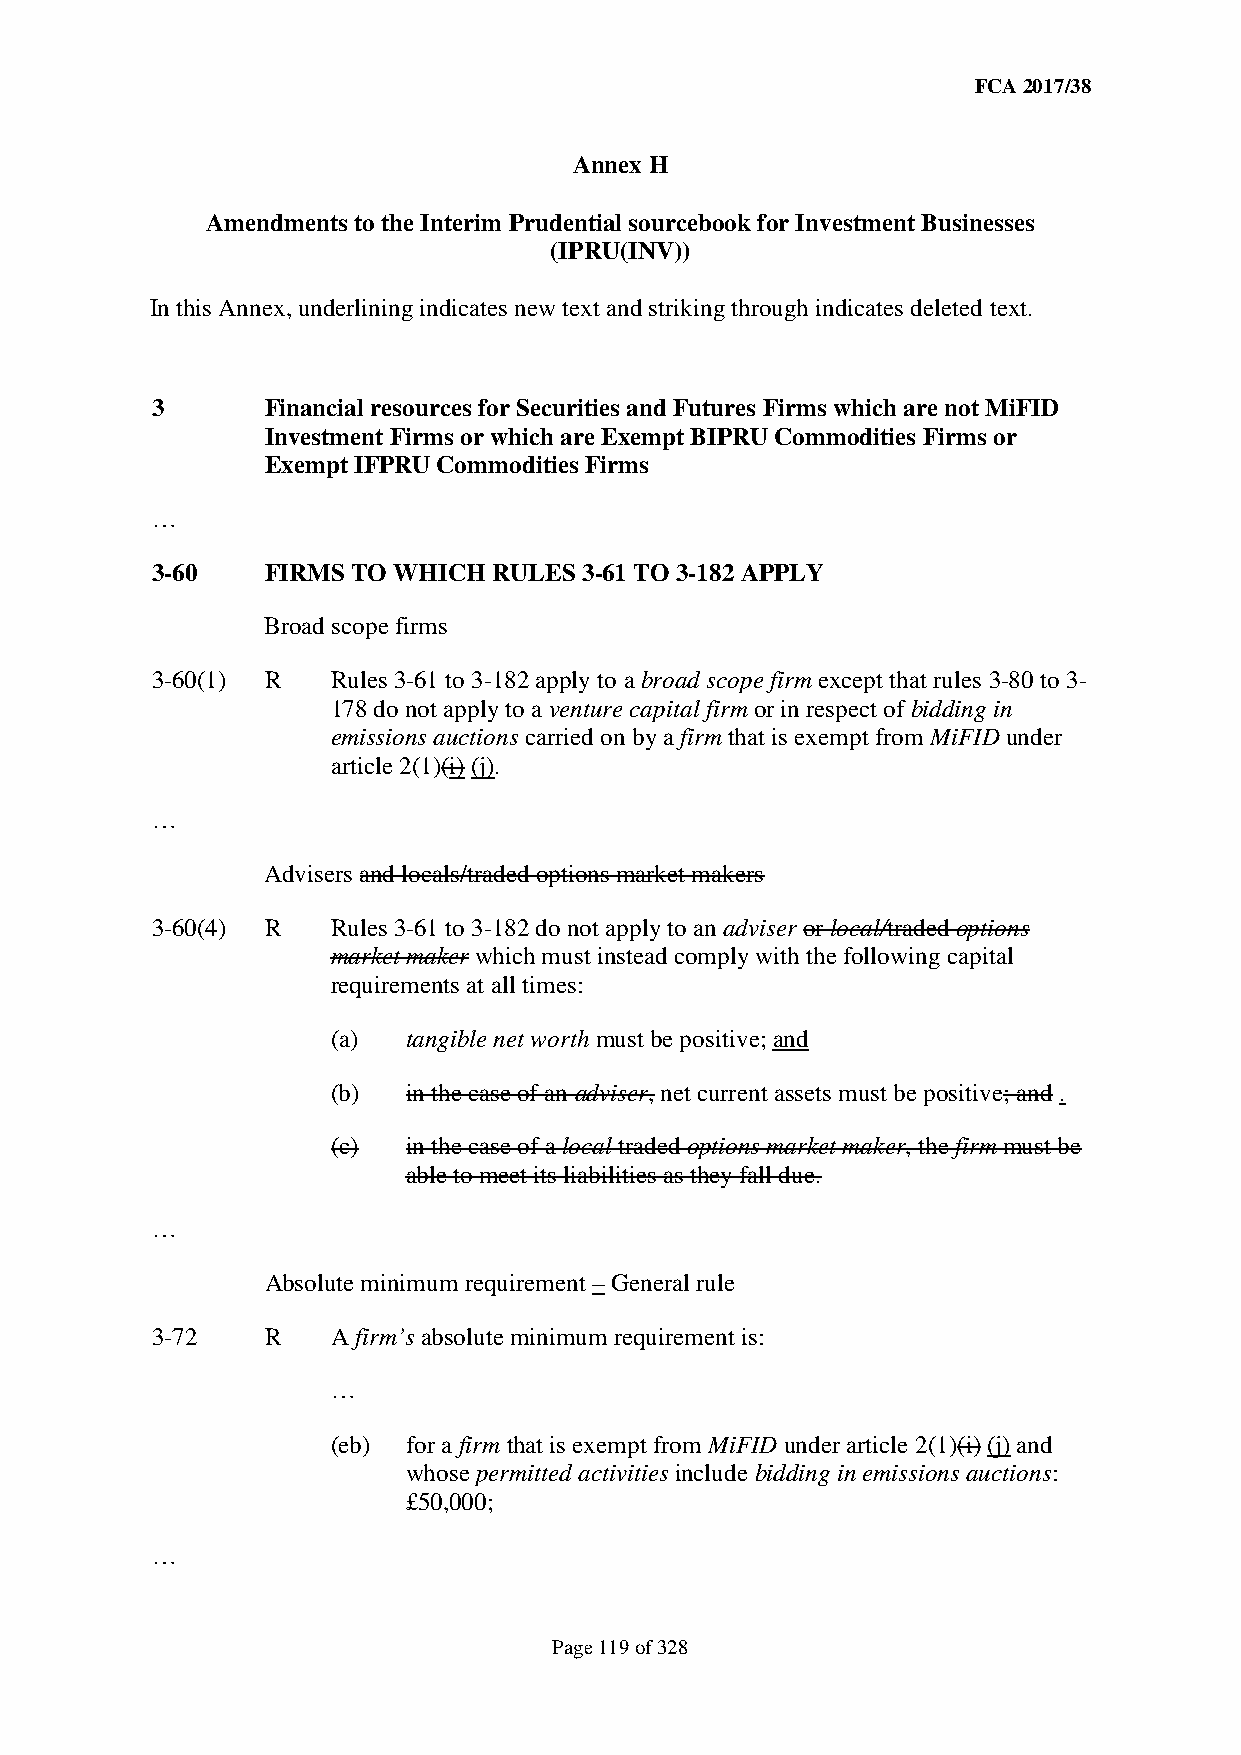
FCA 2017/38
 Annex H
 Amendments to the Interim Prudential sourcebook for Investment Businesses
 (IPRU(INV))
 In this Annex, underlining indicates new text and striking through indicates deleted text.
 3       Financial resources for Securities and Futures Firms which are not MiFID
 Investment Firms or which are Exempt BIPRU Commodities Firms or
 Exempt IFPRU Commodities Firms
 …
 3-60    FIRMS TO WHICH RULES 3-61 TO 3-182 APPLY
 Broad scope firms
 3-60(1) R   Rules 3-61 to 3-182 apply to a broad scope firm except that rules 3-80 to 3-
 178 do not apply to a venture capital firm or in respect of bidding in
 emissions auctions carried on by a firm that is exempt from MiFID under
 article 2(1)(i) (j).
 …
 Advisers and locals/traded options market makers
 3-60(4) R   Rules 3-61 to 3-182 do not apply to an adviser or local/traded options
 market maker which must instead comply with the following capital
 requirements at all times:
 (a)  tangible net worth must be positive; and
 (b)  in the case of an adviser, net current assets must be positive; and .
 (c)  in the case of a local traded options market maker, the firm must be
 able to meet its liabilities as they fall due.
 …
 Absolute minimum requirement – General rule
 3-72    R   A firm’s absolute minimum requirement is:
 …
 (eb) for a firm that is exempt from MiFID under article 2(1)(i) (j) and
 whose permitted activities include bidding in emissions auctions:
 £50,000;
 …
 Page 119 of 328